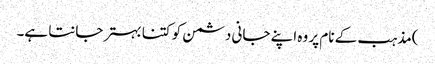
)مذہب کے نام پر وہ اپنے جانی دشمن کو کتنا بہتر جانتا ہے۔